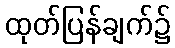
ထုတ်ပြန်ချက်၌